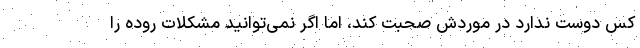
کس دوست ندارد در موردش صحبت کند، اما اگر نمی‌توانید مشکلات روده‌ را